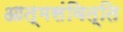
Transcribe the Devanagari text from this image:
आत्मसंवित्ति